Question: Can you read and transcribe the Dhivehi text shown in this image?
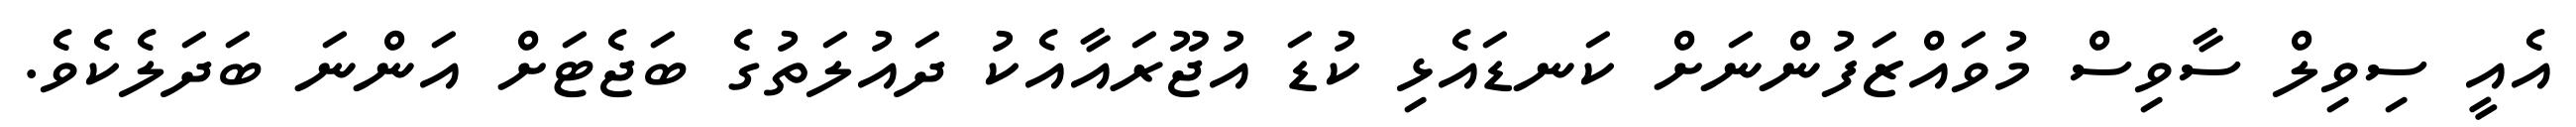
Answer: އެއީ ސިވިލް ސާވިސް މުވައްޒަފުންނަށް ކަނޑައެޅި ކުޑަ އުޖޫރައާއެކު ދައުލަތުގެ ބަޖެޓަށް އަންނަ ބަދަލެކެވެ.